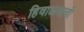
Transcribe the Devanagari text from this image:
हिवाळ्याची